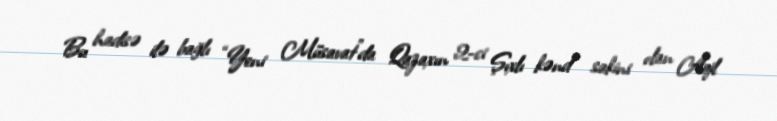
Bu hadisə ilə bağlı “Yeni Müsavat”da Qazaxın 2-ci Şıxlı kənd sakini olan Aqil